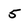
Character: 5